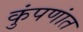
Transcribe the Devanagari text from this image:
कुंपणांत